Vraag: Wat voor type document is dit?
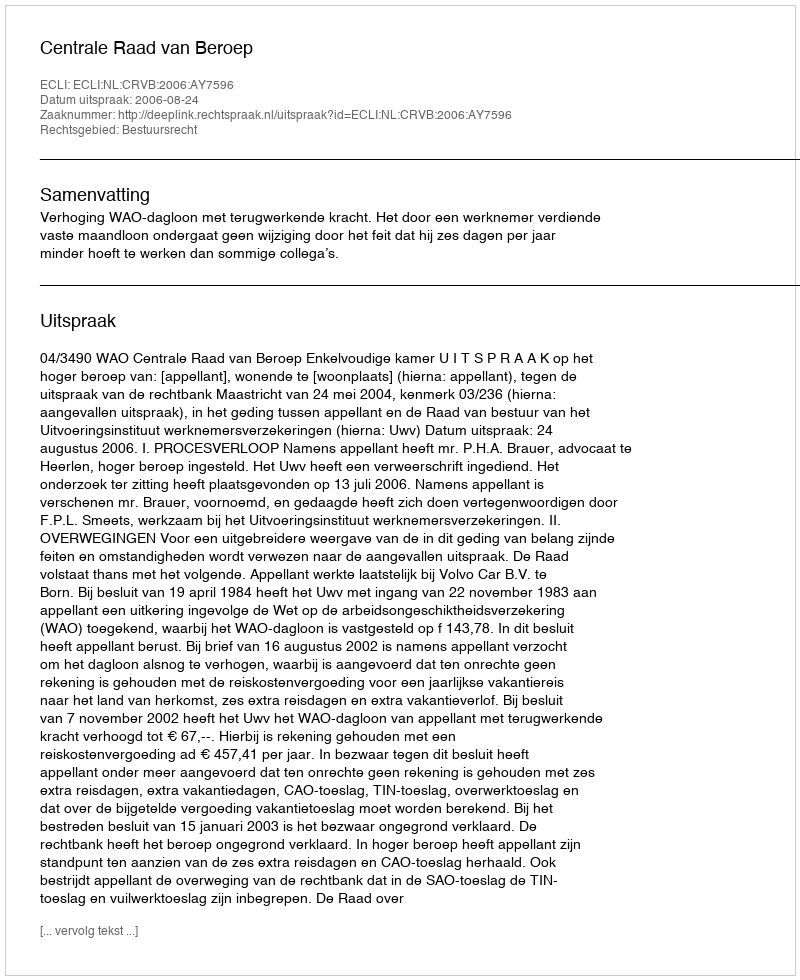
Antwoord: Uitspraak